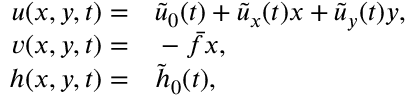
\begin{array} { r l } { { u } ( x , y , t ) = } & { { } \tilde { u } _ { 0 } ( t ) + \tilde { u } _ { x } ( t ) x + \tilde { u } _ { y } ( t ) y , } \\ { { v } ( x , y , t ) = } & { { } - \bar { f } x , } \\ { { h } ( x , y , t ) = } & { { } \tilde { h } _ { 0 } ( t ) , } \end{array}